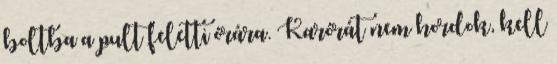
boltba a pult feletti órára. Karórát nem hordok, kell